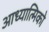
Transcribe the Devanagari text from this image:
आध्यात्मिको